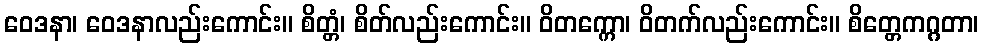
ဝေဒနာ၊ ဝေဒနာလည်းကောင်း။ စိတ္တံ၊ စိတ်လည်းကောင်း။ ဝိတက္ကော၊ ဝိတက်လည်းကောင်း။ စိတ္တေကဂ္ဂတာ၊